Document type: Grant
Year: 1445
Scribe: Antoni Gomar
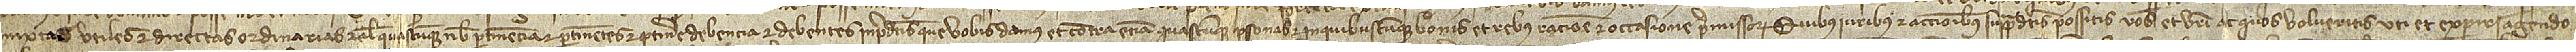
mixtas, utiles et directas, ordinarias et alias quascumque nobis pertinencia et pertinentes et pertinere debencia et debentes in predictis que vobis damus et contra etiam quascumque personas et in quibuscumque bonis et rebus ratione et occasione premissorum. Quibus iuribus et accionibus supradictis possitis vos et vestri ac quos volueritis uti et experiri, agendo